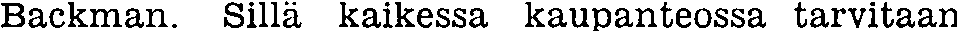
Backman. Sillä kaikessa kaupanteossa tarvitaan